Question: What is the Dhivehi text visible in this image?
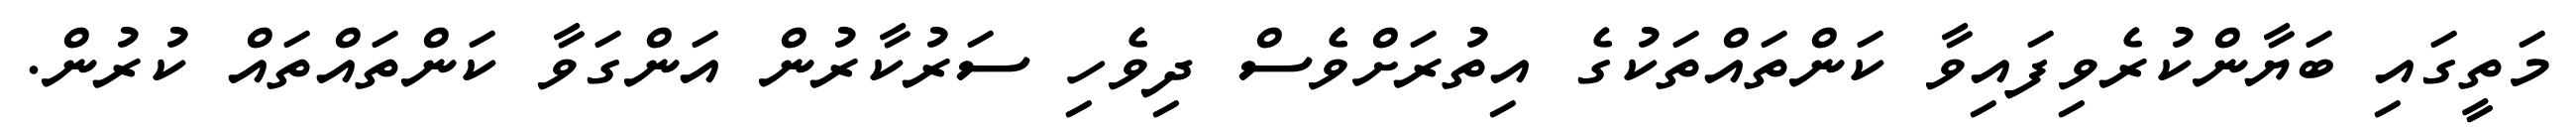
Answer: މަތީގައި ބަޔާންކުރެވިފައިވާ ކަންތައްތަކުގެ އިތުރަށްވެސް ދިވެހި ސަރުކާރުން އަންގަވާ ކަންތައްތައް ކުރުން.